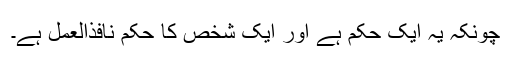
چونکہ یہ ایک حکم ہے اور ایک شخص کا حکم نافذالعمل ہے۔